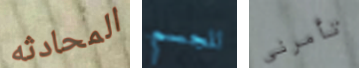
المحادثه للجسم تأمرني